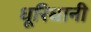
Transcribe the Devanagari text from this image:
धूरिधानी